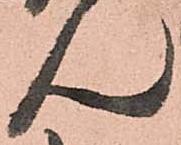
ん